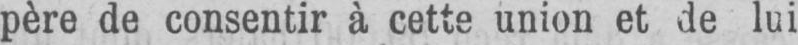
père de consentir à cette union et de lui